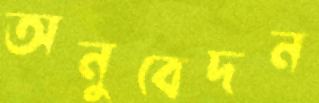
অনুবেদন